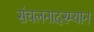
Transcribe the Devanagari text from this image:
संचलनादरम्यान